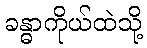
ခန္ဓာကိုယ်ထဲသို့